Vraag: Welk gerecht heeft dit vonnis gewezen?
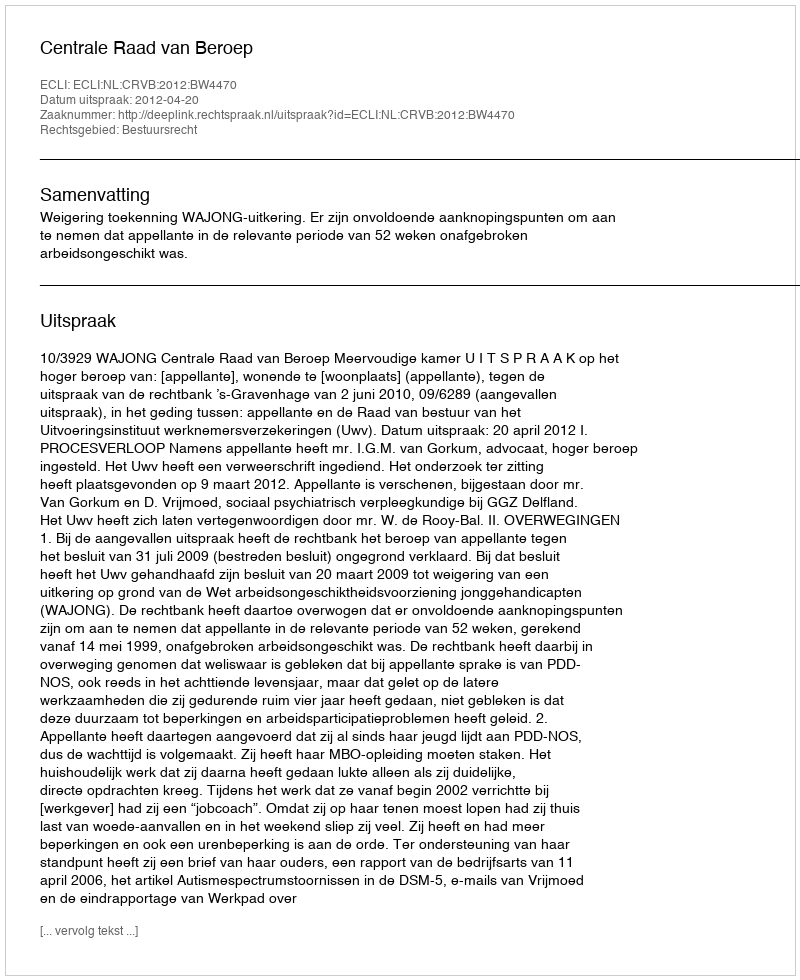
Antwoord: Centrale Raad van Beroep